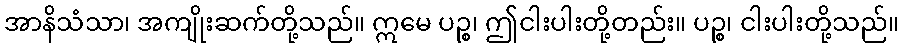
အာနိသံသာ၊ အကျိုးဆက်တို့သည်။ ဣမေ ပဉ္စ၊ ဤငါးပါးတို့တည်း။ ပဉ္စ၊ ငါးပါးတို့သည်။